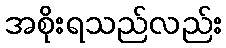
အစိုးရသည်လည်း